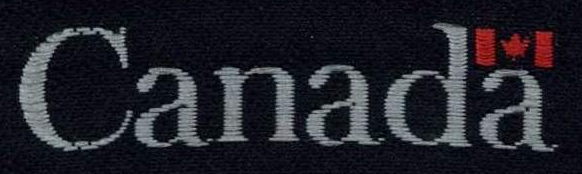
Canada